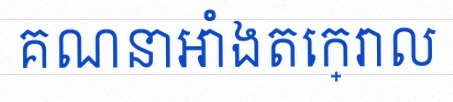
គណនាអាំងតេក្រាល